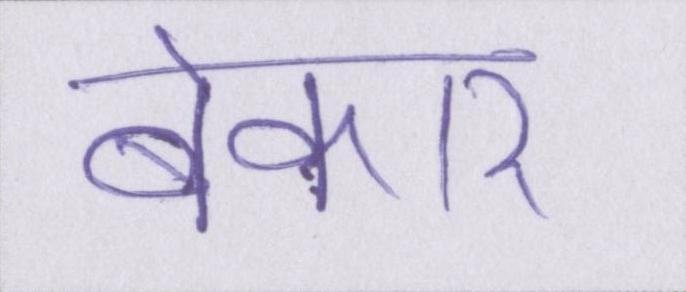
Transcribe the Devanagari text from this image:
बेकार